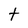
Character: t